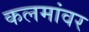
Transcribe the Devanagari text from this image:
कलमांवर